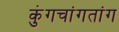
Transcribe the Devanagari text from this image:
कुंगचांगतांग